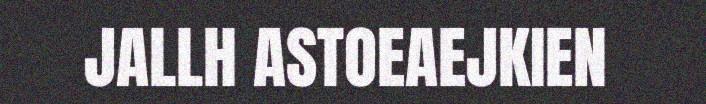
JALLH ASTOEAEJKIEN